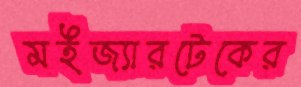
মইজ্যারটেকের